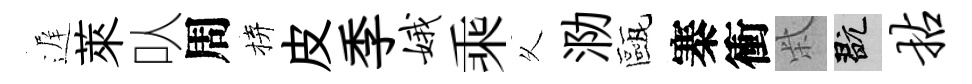
遅萊㕥周拚皮季娥乘乆泐甌寨衝柴玩拈